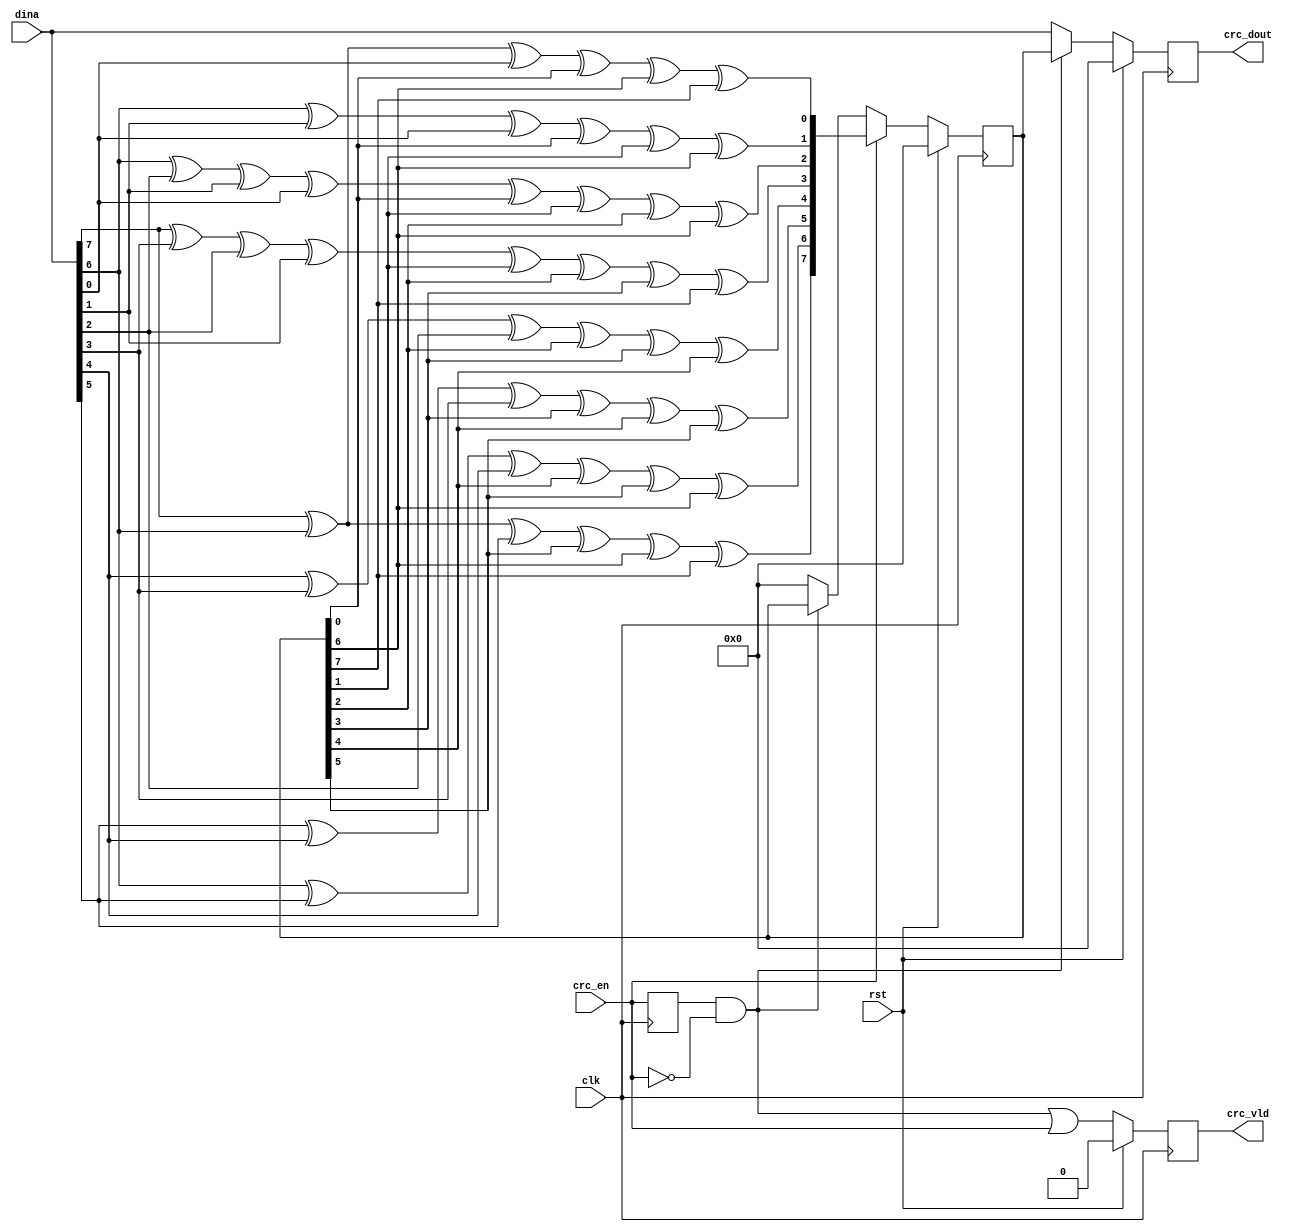
module crc8(
	input 				clk				,
	input 				rst				,
	input 				crc_en			,
	input 		[7:0] 	dina			,
	output reg 			crc_vld			,
	output reg 	[7:0]	crc_dout		
);		
wire [7:0] 				d				;
reg  [7:0] 				c				;
reg  [7:0] 				newcrc			;
wire 					end_vld			;
reg 					dly				;

always @(posedge clk ) begin
  dly<=crc_en;// end_vld
end
assign  d = dina;
assign end_vld = dly&(!crc_en);// end_vld

always@(*)begin//
    newcrc[0] = d[7] ^ d[6] ^ d[0] ^ c[0] ^ c[6] ^ c[7]					;
    newcrc[1] = d[6] ^ d[1] ^ d[0] ^ c[0] ^ c[1] ^ c[6]					;
    newcrc[2] = d[6] ^ d[2] ^ d[1] ^ d[0] ^ c[0] ^ c[1] ^ c[2] ^ c[6]	;
    newcrc[3] = d[7] ^ d[3] ^ d[2] ^ d[1] ^ c[1] ^ c[2] ^ c[3] ^ c[7]	;
    newcrc[4] = d[4] ^ d[3] ^ d[2] ^ c[2] ^ c[3] ^ c[4]					;
    newcrc[5] = d[5] ^ d[4] ^ d[3] ^ c[3] ^ c[4] ^ c[5]					;
    newcrc[6] = d[6] ^ d[5] ^ d[4] ^ c[4] ^ c[5] ^ c[6]					;
    newcrc[7] = d[7] ^ d[6] ^ d[5] ^ c[5] ^ c[6] ^ c[7]					;
end

always@(posedge clk)begin
	if(rst)begin
		c<='d0;//0
	end
	else if(crc_en)begin
			c<=newcrc;//
		end
	else if(end_vld)begin
			c<=c;//
		end
	else begin
		c<='d0;//0
	end
end
always @(posedge clk ) begin
	if (rst) begin
		crc_vld<=1'b0;
	end
	else  begin
		crc_vld<=end_vld|crc_en;//
	end
end
always @(posedge clk) begin
	if (rst) begin
		crc_dout<='d0;  
	end
	else if (end_vld) begin
		crc_dout<=c;//
	end
	else begin
		crc_dout<=dina;//
	end
end
endmodule
//03 00 01 0221503 00 01 02 21